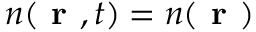
n ( \textbf { r } , t ) = n ( \textbf { r } )